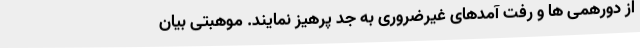
از دورهمی ها و رفت آمدهای غیرضروری به جد پرهیز نمایند. موهبتی بیان